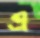
এ